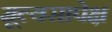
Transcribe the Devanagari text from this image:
मूल्यसापेक्ष